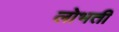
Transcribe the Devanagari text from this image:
लोभती